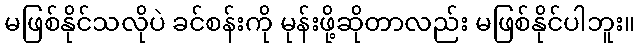
မဖြစ်နိုင်သလိုပဲ ခင်စန်းကို မုန်းဖို့ဆိုတာလည်း မဖြစ်နိုင်ပါဘူး။